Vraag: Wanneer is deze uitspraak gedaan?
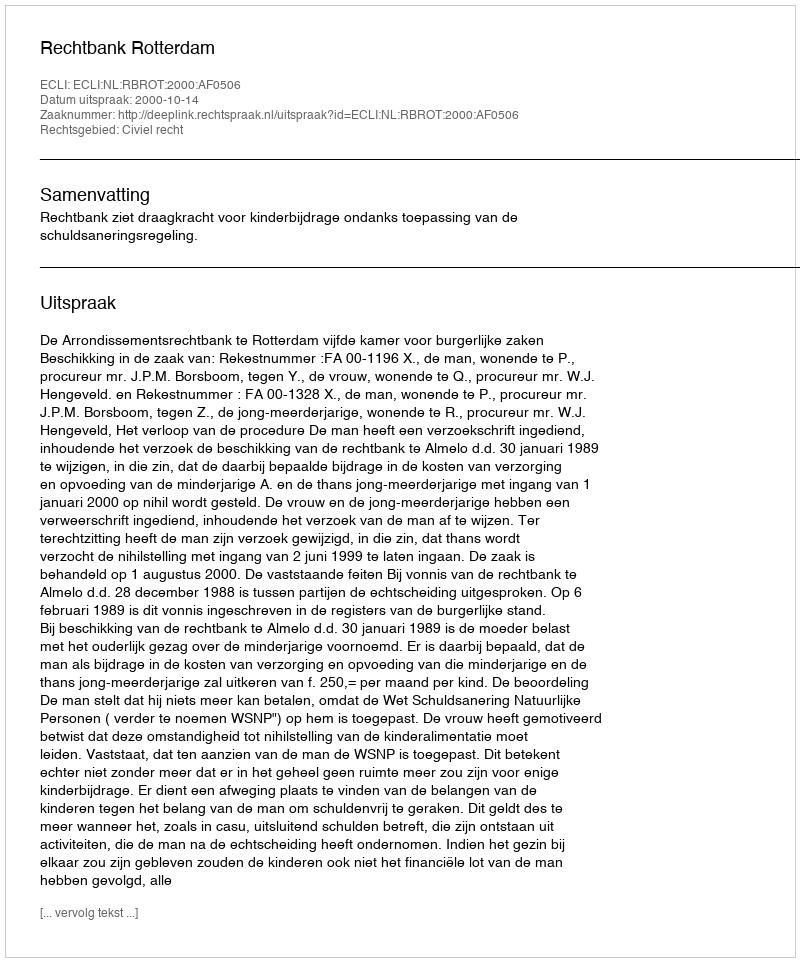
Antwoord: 2000-10-14